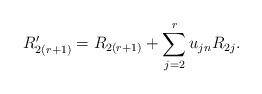
LaTeX: \begin{align*}R'_{2(r+1)} = R_{2(r+1)} + \sum_{j=2}^r u_{jn} R_{2j}.\end{align*}